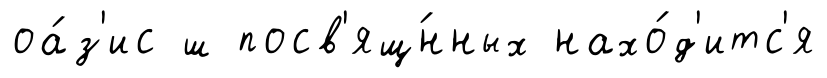
оа́з'ис ш посв'ящ́нных нахо́д'итс'я